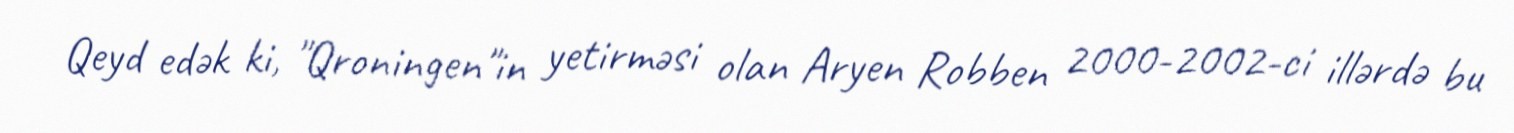
Qeyd edək ki, "Qroningen"in yetirməsi olan Aryen Robben 2000-2002-ci illərdə bu